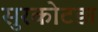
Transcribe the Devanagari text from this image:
सुरकोटड़ा